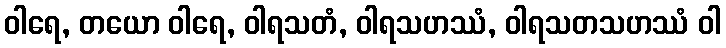
ဝါရေ, တယော ဝါရေ, ဝါရသတံ, ဝါရသဟဿံ, ဝါရသတသဟဿံ ဝါ